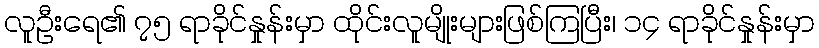
လူဦးရေ၏ ၇၅ ရာခိုင်နှုန်းမှာ ထိုင်းလူမျိုးများဖြစ်ကြပြီး၊ ၁၄ ရာခိုင်နှုန်းမှာ